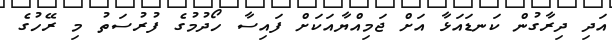
އަދި ދިރާގުން ކަނޑައަޅާ އަށް ޖަމިއްޔާއަކަށް ފައިސާ ހޯދުމުގެ ފުރުސަތު މި ރޭހުގެ